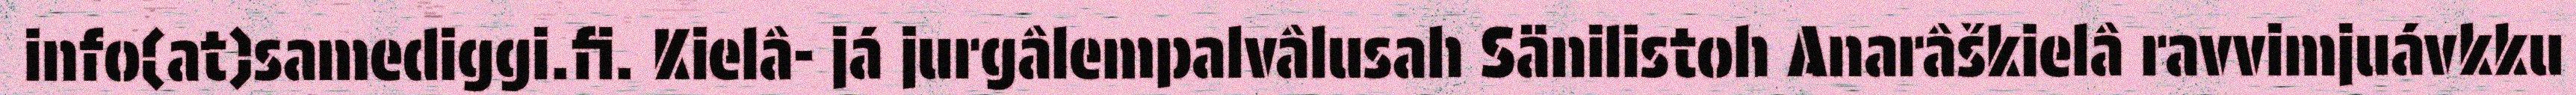
info(at)samediggi.fi. Kielâ- já jurgâlempalvâlusah Sänilistoh Anarâškielâ ravvimjuávkku